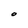
Character: O